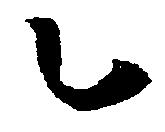
乙